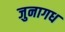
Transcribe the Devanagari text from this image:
जुनागध